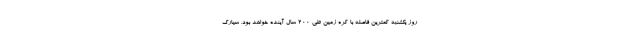
روز یکشنبه کمترین فاصله با کره زمین طی ۲۰۰ سال آینده خواهد بود. سیارک